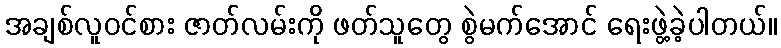
အချစ်လူဝင်စား ဇာတ်လမ်းကို ဖတ်သူတွေ စွဲမက်အောင် ရေးဖွဲ့ခဲ့ပါတယ်။